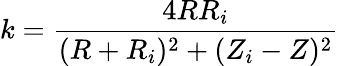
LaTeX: k=\frac{4RR_{i}}{(R+R_{i})^{2}+(Z_{i}-Z)^{2}}